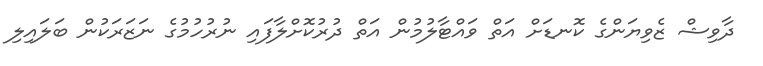
ދާވިޝް ޒެވިޔަންގެ ކޮނޑަށް އަތް ވައްޓާލުމުން އަތް ދުރުކޮށްލާފައި ނުރުހުމުގެ ނަޒަރަކުން ބަލައިލި